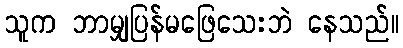
သူက ဘာမျှပြန်မဖြေသေးဘဲ နေသည်။